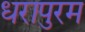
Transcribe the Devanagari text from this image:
धरापुरम